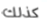
كذلك